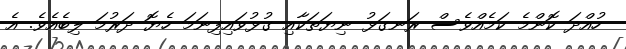
ހުއްދަ ކޮންމެ ކަމެއްވެސް ރަނގަޅު ނިޔަތަކާއި ގުޅުވައިފިނަމަ ހެޔޮ ދަރުމަ ލިބެއެވެ. އެ